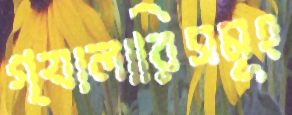
গ্যালারিসমূহ